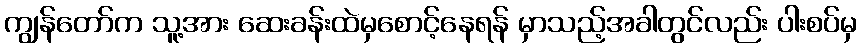
ကျွန်တော်က သူ့အား ဆေးခန်းထဲမှစောင့်နေရန် မှာသည့်အခါတွင်လည်း ပါးစပ်မှ